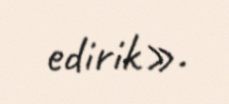
edirik».